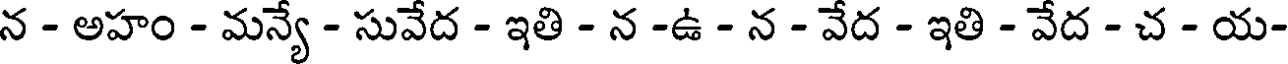
న - అహం - మన్యే - సువేద - ఇతి - న -ఉ - న - వేద - ఇతి - వేద - చ - య-